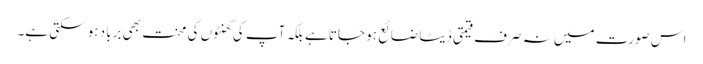
اس صورت میں نہ صرف قیمتی ڈیٹا ضائع ہو جاتا ہے بلکہ آپ کی گھنٹوں کی محنت بھی برباد ہو سکتی ہے۔